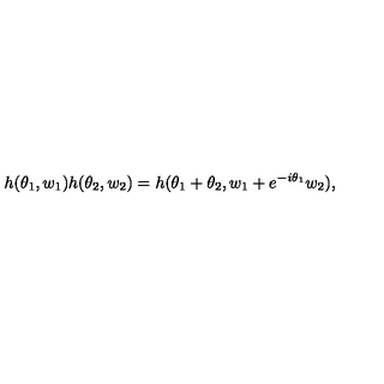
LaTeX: h ( \theta _ { 1 } , w _ { 1 } ) h ( \theta _ { 2 } , w _ { 2 } ) = h ( \theta _ { 1 } + \theta _ { 2 } , w _ { 1 } + e ^ { - i \theta _ { 1 } } w _ { 2 } ) ,